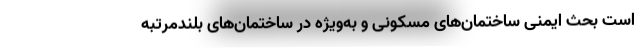
است بحث ایمنی ساختمان‌های مسکونی و به‌ویژه در ساختمان‌های بلندمرتبه